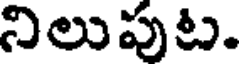
నిలుపుట.